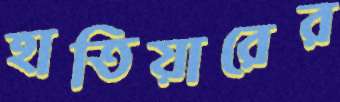
হাতিয়ারের